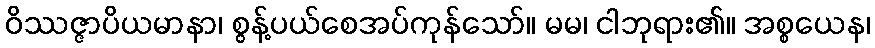
ဝိဿဇ္ဇာပိယမာနာ၊ စွန့်ပယ်စေအပ်ကုန်သော်။ မမ၊ ငါဘုရား၏။ အစ္စယေန၊